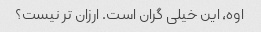
اوه، این خیلی گران است. ارزان تر نیست؟